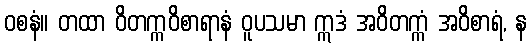
ဝစနံ။ တထာ ဝိတက္ကဝိစာရာနံ ဝူပသမာ ဣဒံ အဝိတက္ကံ အဝိစာရံ, န